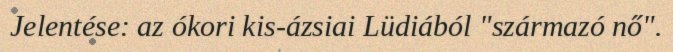
Jelentése: az ókori kis-ázsiai Lüdiából "származó nő".